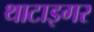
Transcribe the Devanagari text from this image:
थाटाइगर